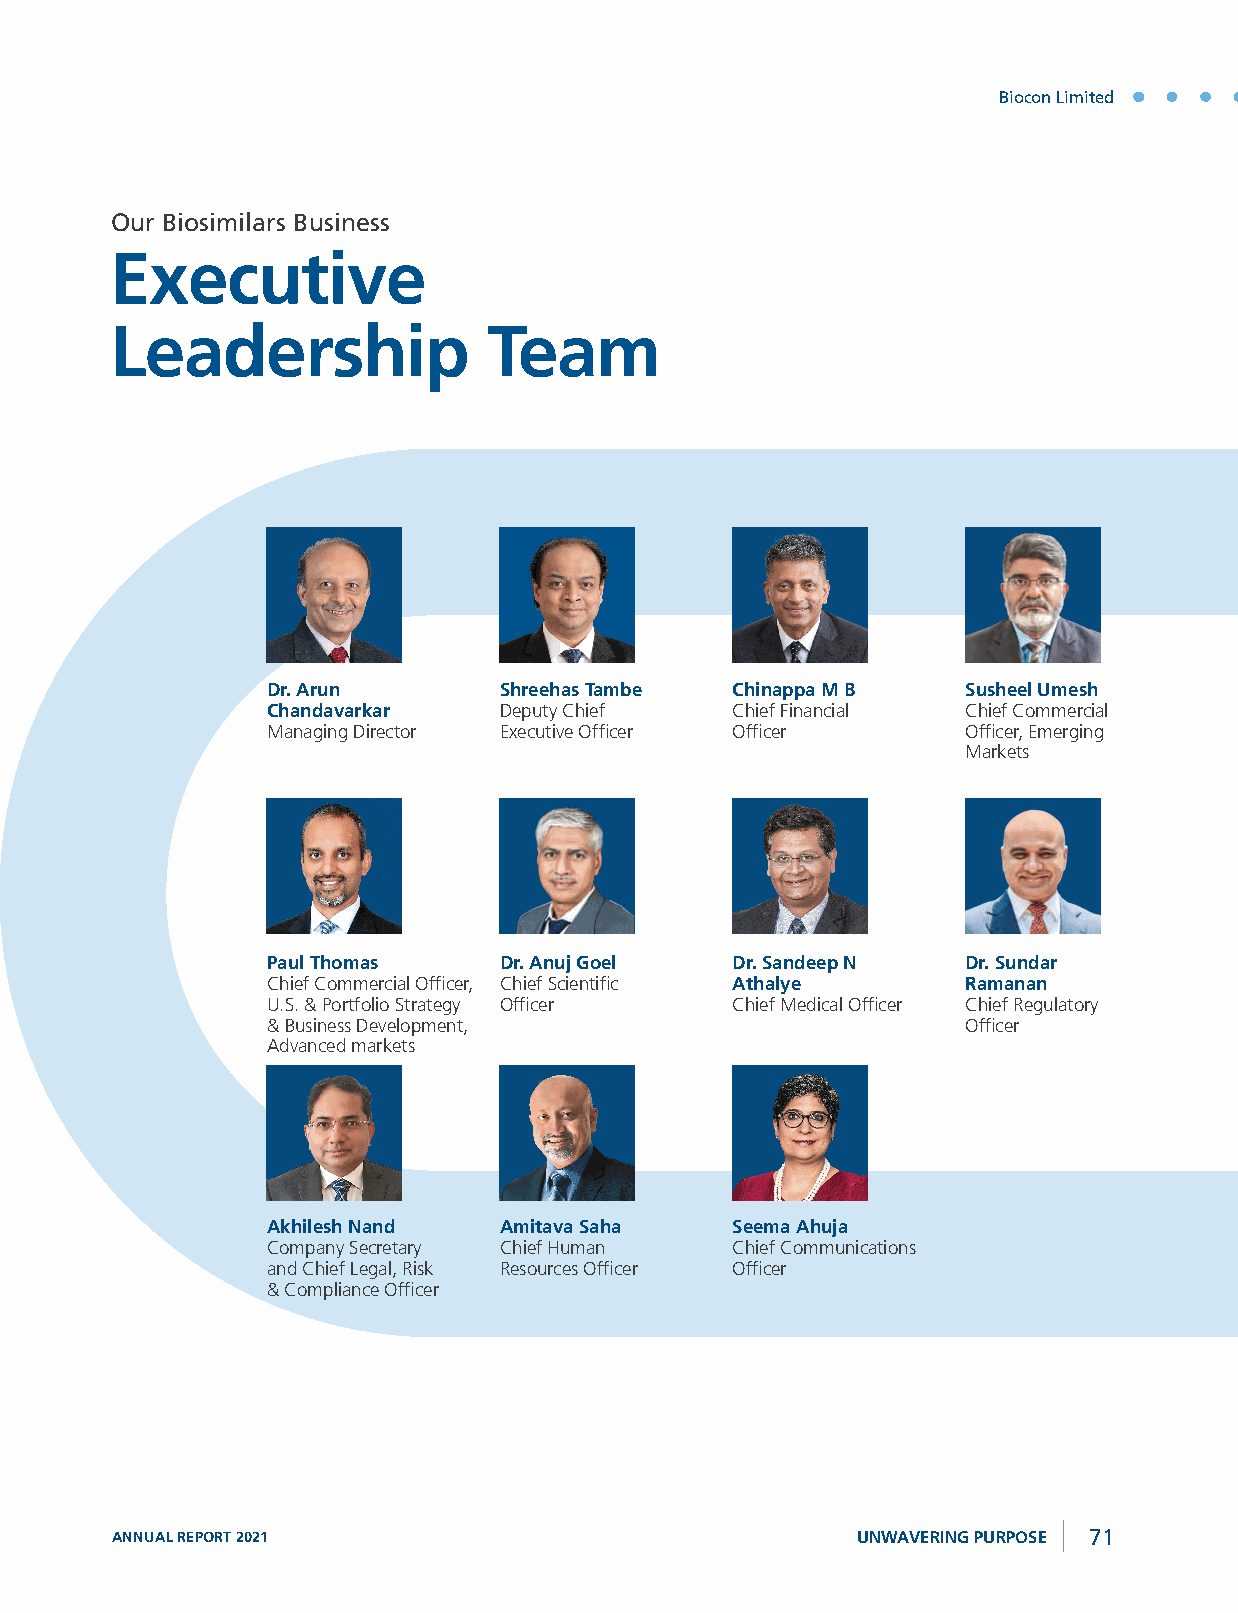
Biocon Limited
 Our Biosimilars Business
 Executive
 Leadership               Team
 Dr. Arun       Shreehas Tambe Chinappa M B    Susheel Umesh
 Chandavarkar   Deputy Chief   Chief Financial Chief Commercial
 Managing Director Executive Officer Officer   Officer, Emerging
 Markets
 Paul Thomas    Dr. Anuj Goel  Dr. Sandeep N   Dr. Sundar
 Chief Commercial Officer, Chief Scientific Athalye Ramanan
 U.S. & Portfolio Strategy Officer Chief Medical Officer Chief Regulatory
 & Business Development,                       Officer
 Advanced markets
 Akhilesh Nand  Amitava Saha   Seema Ahuja
 Company Secretary Chief Human Chief Communications
 and Chief Legal, Risk Resources Officer Officer
 & Compliance Officer
 ANNUAL REPORT 2021                                UNWAVERING PURPOSE 71